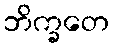
ဘိက္ခတေ